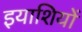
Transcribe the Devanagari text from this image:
इयाशियों